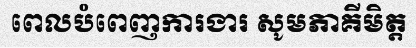
ពេលបំពេញការងារ សូមភាគីមិត្ត